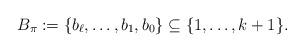
LaTeX: \begin{align*} B_{\pi} := \{ b_{\ell}, \ldots, b_1, b_0 \} \subseteq \{ 1, \ldots , k+1 \}.\end{align*}